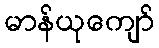
မာန်ယုကျော်